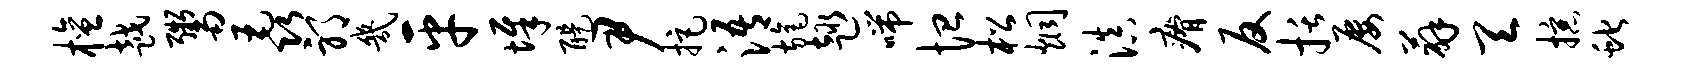
檀越鬻毳邪几平墀醍尹拒浯旄趣喘恤松炯滇瘠反括屡薜天掠蛇